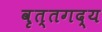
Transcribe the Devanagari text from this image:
वृत्तगद्य